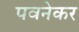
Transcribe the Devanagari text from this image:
पवनेकर